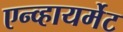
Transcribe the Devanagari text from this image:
एन्व्हायर्मेट